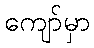
ကျော်မှာ